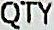
QTY